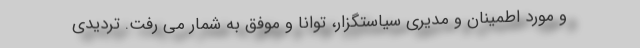
و مورد اطمینان و مدیری سیاستگزار، توانا و موفق به شمار می رفت. تردیدی